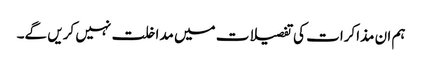
ہم ان مذاکرات کی تفصیلات میں مداخلت نہیں کریں گے۔